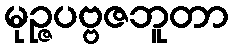
မုဉ္ဇပဗ္ဗဇဘူတာ